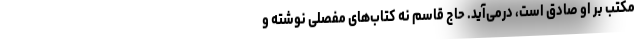
مکتب بر او صادق است، درمی‌آید. حاج قاسم نه کتاب‌های مفصلی نوشته و